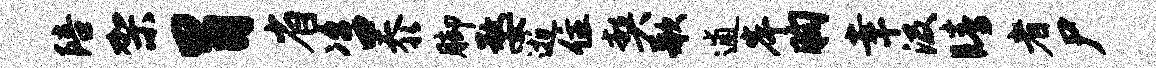
陪架胃省咨忝脚婺逝住契歌逋岸胸幸汲睛者尸